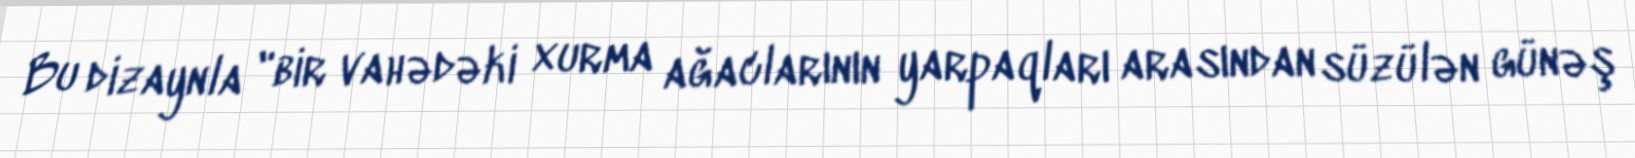
Bu dizaynla "bir vahədəki xurma ağaclarının yarpaqları arasından süzülən günəş